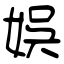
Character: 娯